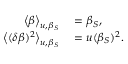
\begin{array} { r l } { \big < \beta \big > _ { u , \beta _ { S } } } & { { } = \beta _ { S } , } \\ { \big < ( \delta \beta ) ^ { 2 } \big > _ { u , \beta _ { S } } } & { { } = u ( \beta _ { S } ) ^ { 2 } . } \end{array}